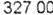
327.00